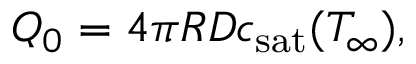
Q _ { 0 } = 4 \pi R { \cal D } c _ { \mathrm { s a t } } ( T _ { \infty } ) ,